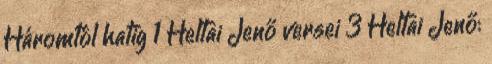
Háromtól hatig 1 Heltai Jenő versei 3 Heltai Jenő: